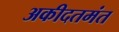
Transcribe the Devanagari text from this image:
अकीदतमंत